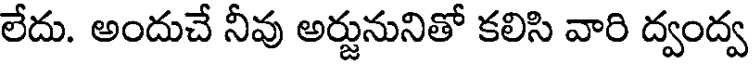
లేదు. అందుచే నీవు అర్జునునితో కలిసి వారి ద్వంద్వ